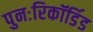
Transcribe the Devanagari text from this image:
पुनःरिकॉर्डिड